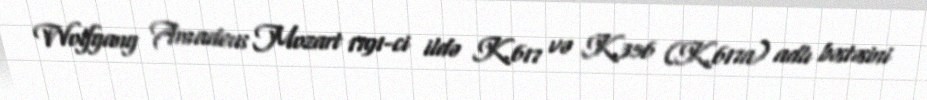
Wolfgang Amadeus Mozart 1791-ci ildə K.617 və K.356 (K.617a) adlı bəstəsini